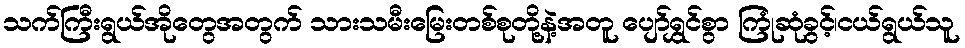
သက်ကြီးရွယ်အိုတွေအတွက် သားသမီးမြေးတစ်စုတို့နဲ့အတူ ပျော်ရွှင်စွာ ကြုံဆုံခွင့်၊ငယ်ရွယ်သူ